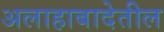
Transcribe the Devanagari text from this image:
अलाहाबादेतील